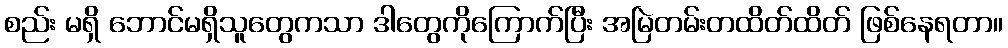
စည်း မရှိ ဘောင်မရှိသူတွေကသာ ဒါတွေကိုကြောက်ပြီး အမြဲတမ်းတထိတ်ထိတ် ဖြစ်နေရတာ။